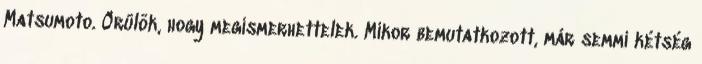
Matsumoto. Örülök, hogy megismerhettelek. Mikor bemutatkozott, már semmi kétség